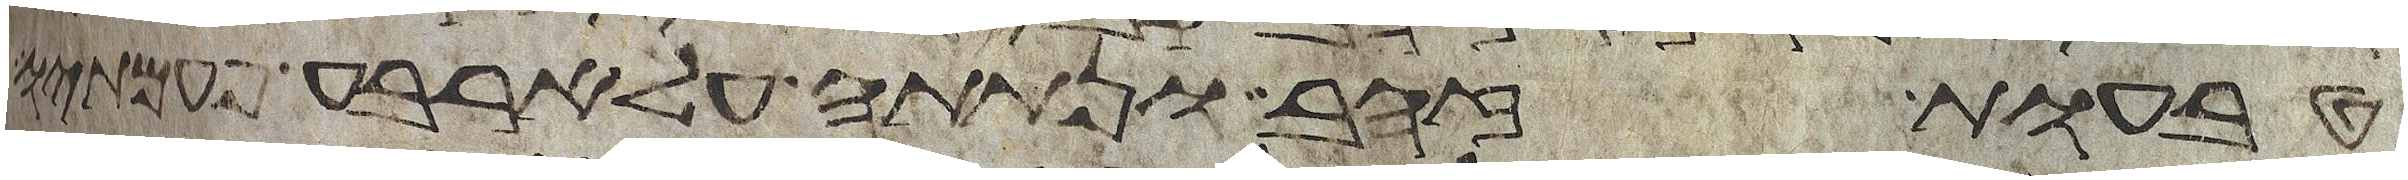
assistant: טבעות זהב ונתתה על ארבע פעמתיו